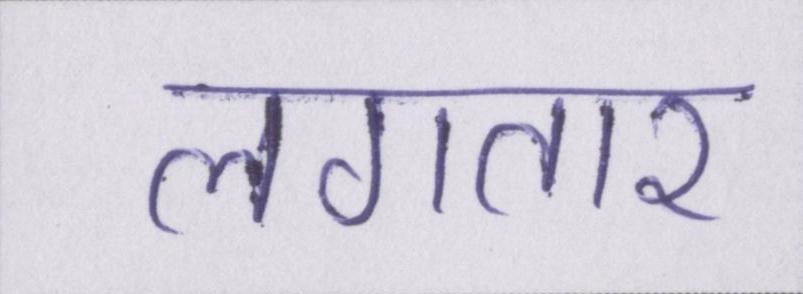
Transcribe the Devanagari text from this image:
लगतार